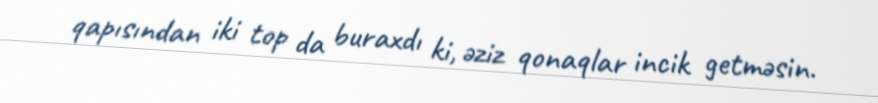
qapısından iki top da buraxdı ki, əziz qonaqlar incik getməsin.